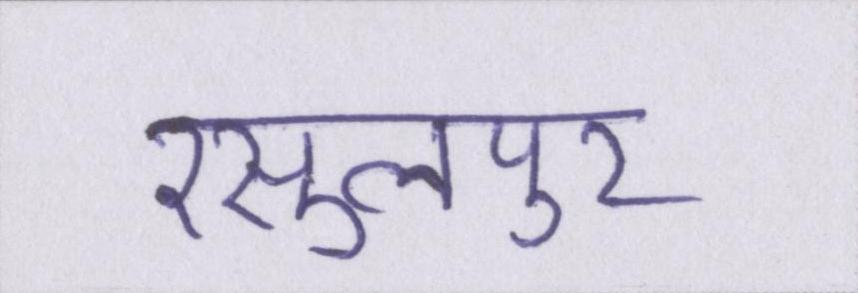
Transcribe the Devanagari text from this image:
रसुलपुर